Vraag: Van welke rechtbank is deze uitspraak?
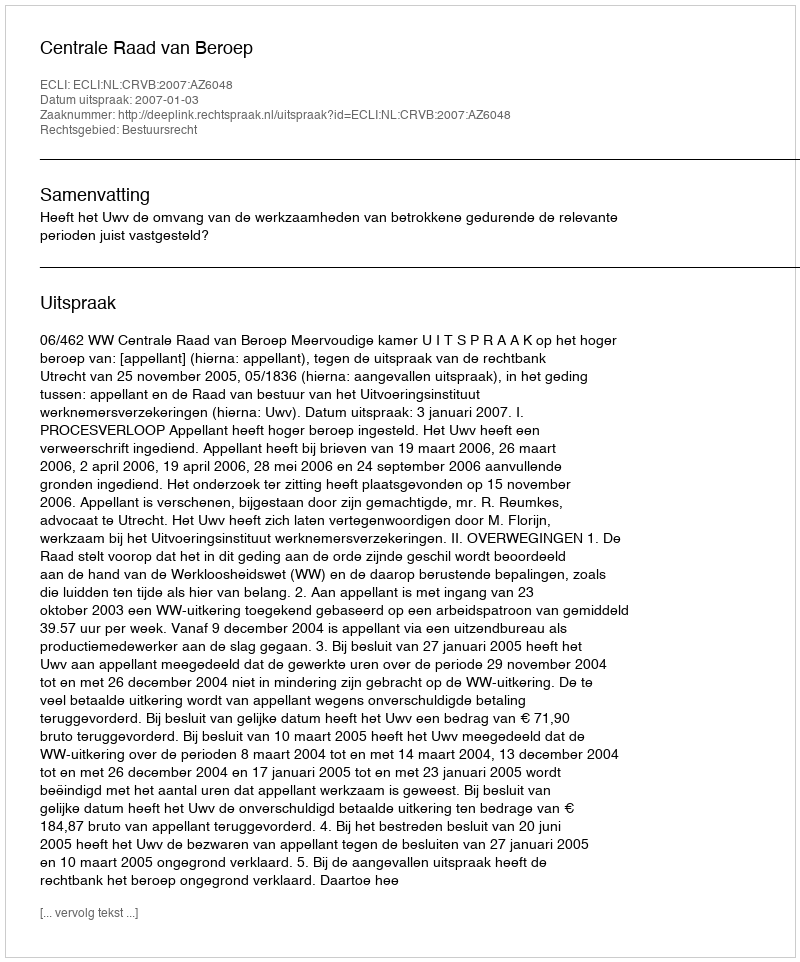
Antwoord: Centrale Raad van Beroep